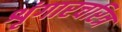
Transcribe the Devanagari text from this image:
शृंगारचरित्र